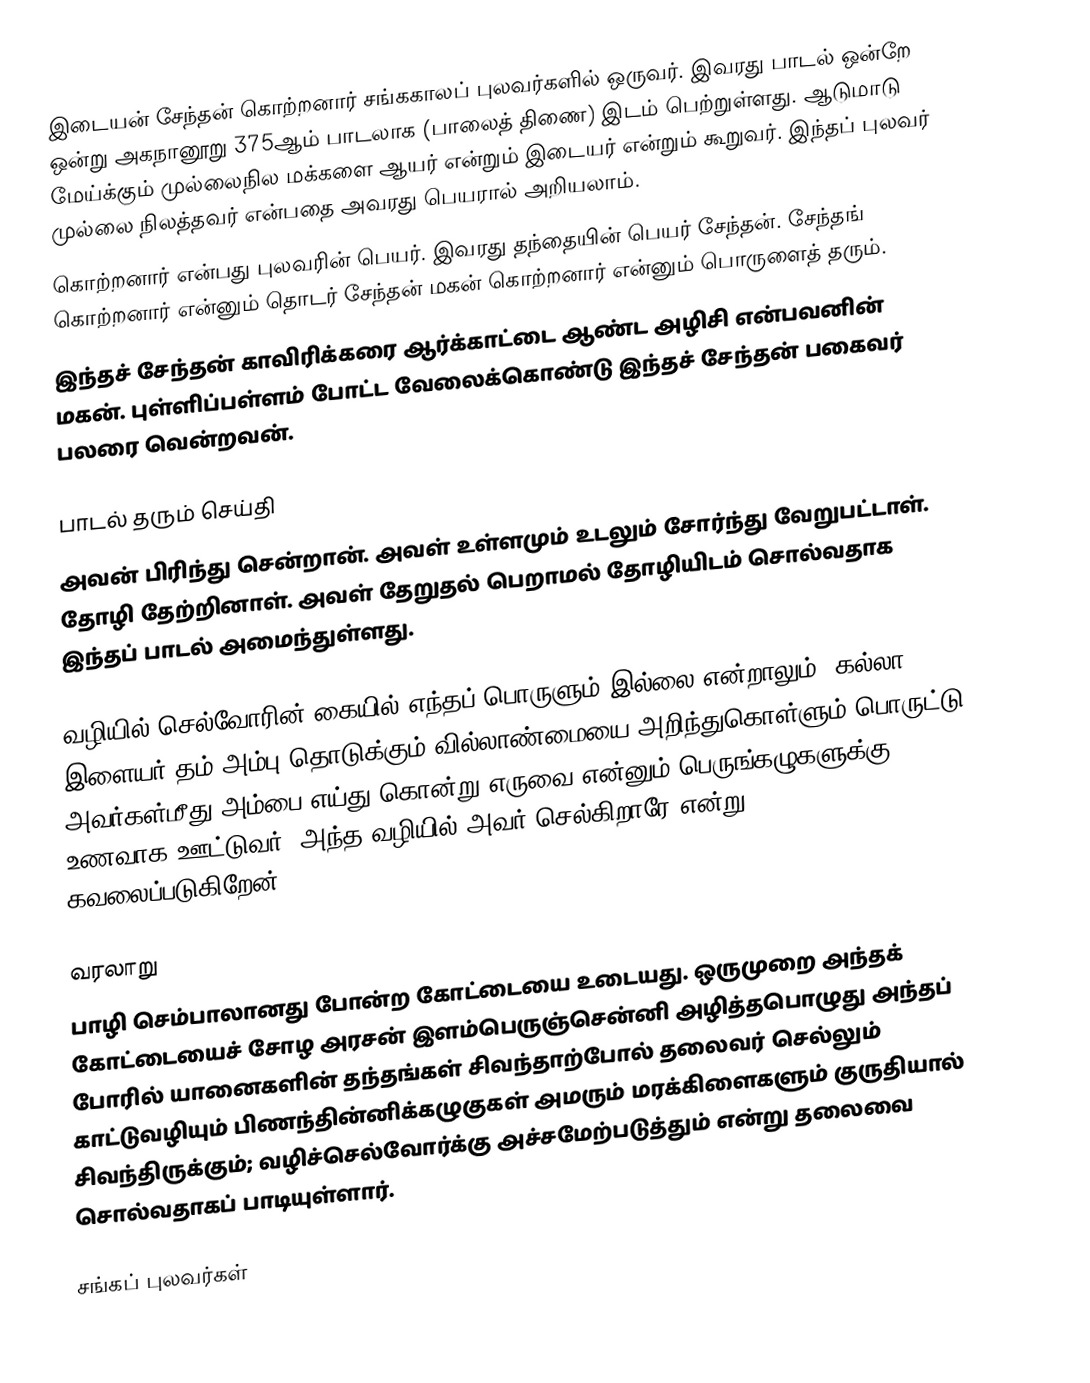
இடையன் சேந்தன் கொற்றனார் சங்ககாலப் புலவர்களில் ஒருவர். இவரது பாடல் ஒன்றே ஒன்று அகநானூறு 375ஆம் பாடலாக (பாலைத் திணை) இடம் பெற்றுள்ளது. ஆடுமாடு மேய்க்கும் முல்லைநில மக்களை ஆயர் என்றும் இடையர் என்றும் கூறுவர். இந்தப் புலவர் முல்லை நிலத்தவர் என்பதை அவரது பெயரால் அறியலாம்.
கொற்றனார் என்பது புலவரின் பெயர். இவரது தந்தையின் பெயர் சேந்தன். சேந்தங் கொற்றனார் என்னும் தொடர் சேந்தன் மகன் கொற்றனார் என்னும் பொருளைத் தரும்.
இந்தச் சேந்தன் காவிரிக்கரை ஆர்க்காட்டை ஆண்ட அழிசி என்பவனின் மகன். புள்ளிப்பள்ளம் போட்ட வேலைக்கொண்டு இந்தச் சேந்தன் பகைவர் பலரை வென்றவன்.

பாடல் தரும் செய்தி
அவன் பிரிந்து சென்றான். அவள் உள்ளமும் உடலும் சோர்ந்து வேறுபட்டாள். தோழி தேற்றினாள். அவள் தேறுதல் பெறாமல் தோழியிடம் சொல்வதாக இந்தப் பாடல் அமைந்துள்ளது.

வழியில் செல்வோரின் கையில் எந்தப் பொருளும் இல்லை என்றாலும், கல்லா இளையர் தம் அம்பு தொடுக்கும் வில்லாண்மையை அறிந்துகொள்ளும் பொருட்டு அவர்கள்மீது அம்பை எய்து கொன்று எருவை என்னும் பெருங்கழுகளுக்கு உணவாக ஊட்டுவர். அந்த வழியில் அவர் செல்கிறாரே என்று கவலைப்படுகிறேன்.

வரலாறு
பாழி செம்பாலானது போன்ற கோட்டையை உடையது. ஒருமுறை அந்தக் கோட்டையைச் சோழ அரசன் இளம்பெருஞ்சென்னி அழித்தபொழுது அந்தப் போரில் யானைகளின் தந்தங்கள் சிவந்தாற்போல் தலைவர் செல்லும் காட்டுவழியும் பிணந்தின்னிக்கழுகுகள் அமரும்  மரக்கிளைகளும் குருதியால் சிவந்திருக்கும்; வழிச்செல்வோர்க்கு அச்சமேற்படுத்தும் என்று தலைவை சொல்வதாகப் பாடியுள்ளார்.

சங்கப் புலவர்கள்